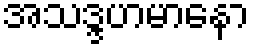
အသဒ္ဒဟမာနော